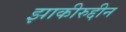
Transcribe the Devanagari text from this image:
झाकीरुद्दीन